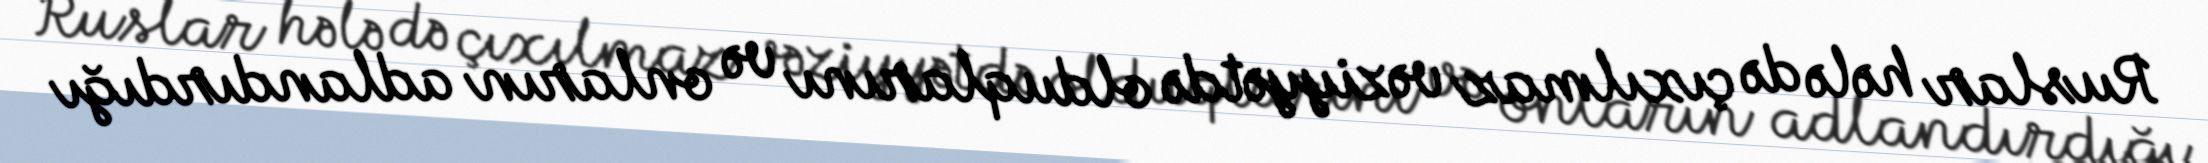
Ruslar hələ də çıxılmaz vəziyyətdə olduqlarını və onların adlandırdığı